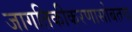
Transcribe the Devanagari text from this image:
जागतिकीकरणासोबतच